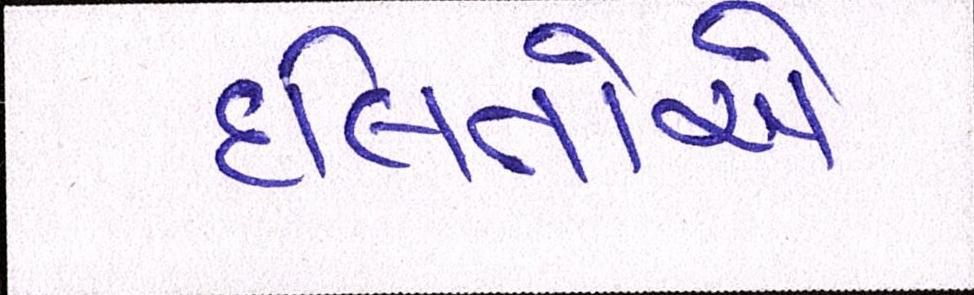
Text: દલિતોએ